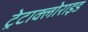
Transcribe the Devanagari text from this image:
ट्रेटाक्लोराइड